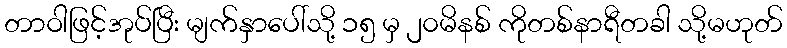
တာဝါဖြင့်အုပ်ပြီး မျက်နှာပေါ်သို့ ၁၅ မှ ၂၀မိနစ် ကိုတစ်နာရီတခါ သို့မဟုတ်